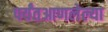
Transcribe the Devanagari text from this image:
पर्यंतआणलेल्या